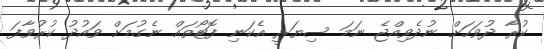
ކުރާ ދުވަހަށް ނުދެވިއްޖެ ނަމަ ސިޔަރީ އެކަނި ފޮޓޯތައް ނެގުމަށް ވައުދު ކުރުވާފަ